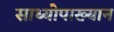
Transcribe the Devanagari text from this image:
साध्योपाख्यान